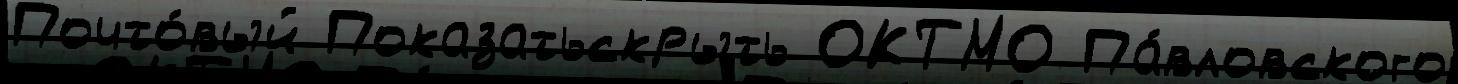
Почто́вый Показатьскрыть ОКТМО Па́вловского